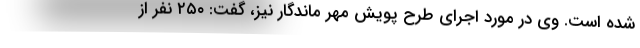
شده است. وی در مورد اجرای طرح پویش مهر ماندگار نیز، گفت: ۲۵۰ نفر از